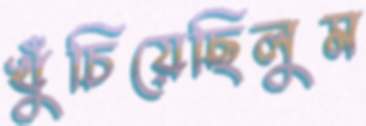
খুঁচিয়েছিলুম